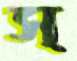
স্